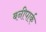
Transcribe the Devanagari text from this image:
बनीपार्क